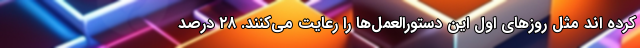
کرده­ اند مثل روزهای اول این دستورالعمل­ها را رعایت می‌کنند. ۲۸ درصد